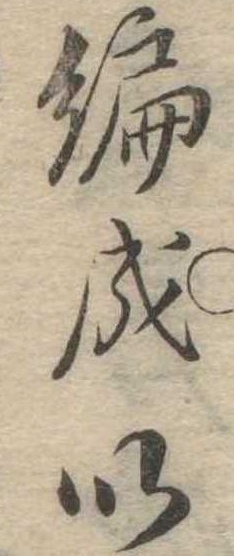
編成以